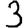
Digit: 3